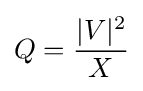
Q={\frac {|V|^{2}}{X}}